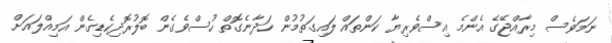
ނަމަވެސް މިރާއްޖޭގެ އެންމެ އިސްވެރިޔާ ކަންތައް ލައިގަތުމުން ހަދާނެގޮތް ހުސްވެގެން ބޮލުރޮދިކެޑިގެން އަމިއްލައަށް